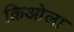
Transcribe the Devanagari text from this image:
क्रिओला